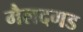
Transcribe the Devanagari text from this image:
मैलदगड